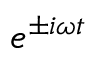
e ^ { \pm i \omega t }